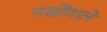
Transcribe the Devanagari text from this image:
नखोंवाले